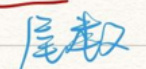
“尾数”